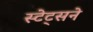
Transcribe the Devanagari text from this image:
स्टेट्सने